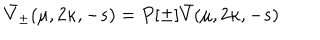
\bar { V } _ { \pm } ( \mu , 2 \kappa , - s ) = P [ \pm ] \bar { V } ( \mu , 2 \kappa , - s )